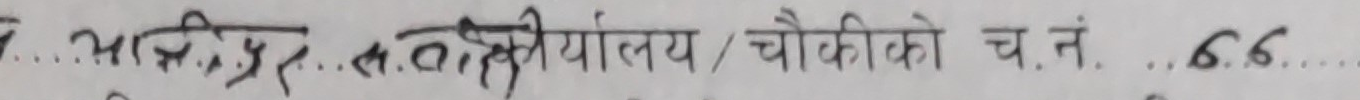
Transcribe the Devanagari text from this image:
अभिप्रतिपालय / चौकीको च. नं. ६६